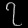
Digit: ၇